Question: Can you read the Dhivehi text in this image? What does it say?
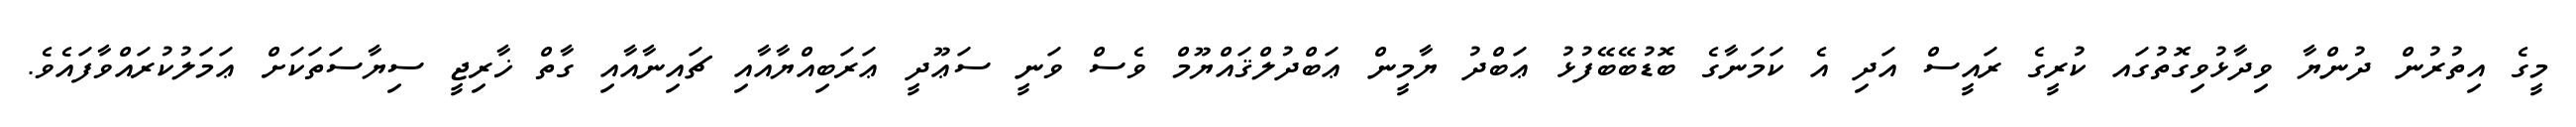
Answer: މީގެ އިތުރުން ދުންޔާ ވިދާޅުވިގޮތުގައ ކުރީގެ ރައީސް އަދި އެ ކަމަނާގެ ބޮޑުބޭބޭފުޅު ޢަބްދު ޔާމީން ޢަބްދުލްޤައްޔޫމް ވެސް ވަނީ ސަޢޫދީ ޢަރަބިއްޔާއާއި ޗައިނާއާއި ގާތް ޚާރިޖީ ސިޔާސަތަކަށް ޢަމަލުކުރައްވާފައެވެ.